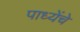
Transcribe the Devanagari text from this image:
पाध्येंचे